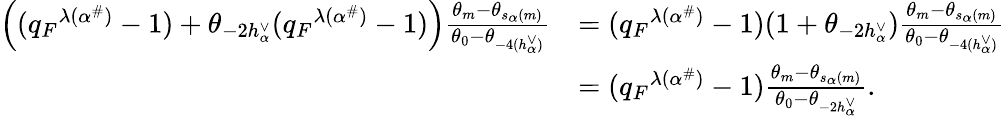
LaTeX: \begin{array}{rl}{\left(({q_{F}}^{\lambda(\alpha^{\# })}-1)+\theta_{-2h_{\alpha}^{\vee}}({q_{F}}^{\lambda(\alpha^{\# })}-1)\right)\frac{\theta_{m}-\theta_{s_{\alpha}(m)}}{\theta_{0}-\theta_{-4(h_{\alpha}^{\vee})}}}&{=({q_{F}}^{\lambda(\alpha^{\# })}-1)(1+\theta_{-2h_{\alpha}^{\vee}})\frac{\theta_{m}-\theta_{s_{\alpha}(m)}}{\theta_{0}-\theta_{-4(h_{\alpha}^{\vee})}}}\\ &{=({q_{F}}^{\lambda(\alpha^{\# })}-1)\frac{\theta_{m}-\theta_{s_{\alpha}(m)}}{\theta_{0}-\theta_{-2h_{\alpha}^{\vee}}}.}\end{array}